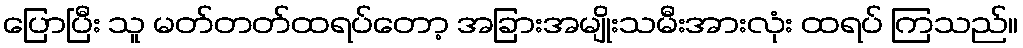
ပြောပြီး သူ မတ်တတ်ထရပ်တော့ အခြားအမျိုးသမီးအားလုံး ထရပ် ကြသည်။